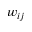
w _ { i j }